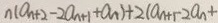
n ( a _ { n + 2 } - 2 a _ { n + 1 } + a _ { n } ) + 2 ( a _ { n + 1 } - 2 a _ { n } +